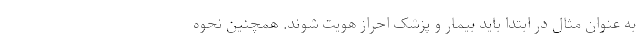
به عنوان مثال در ابتدا باید بیمار و پزشک احراز هویت شوند. همچنین نحوه